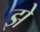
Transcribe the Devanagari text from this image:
झे